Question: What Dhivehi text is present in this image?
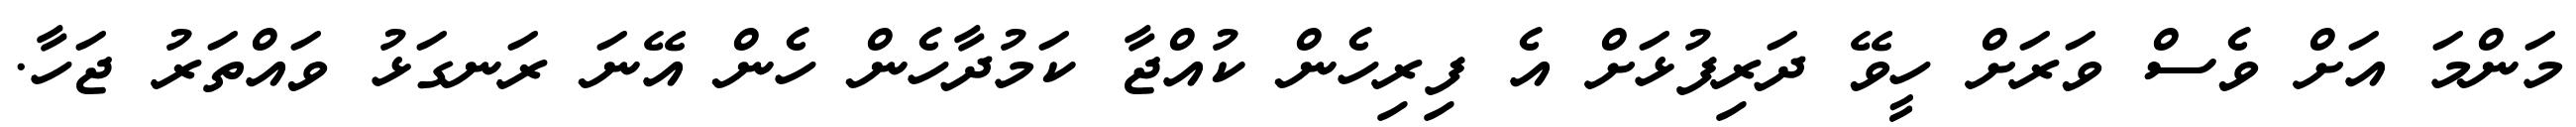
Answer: މަންމަ އަށް ވެސް ވަރަށް ހީވޭ ދަރިފުޅަށް އެ ފިރިހެން ކުއްޖާ ކަމުދާހެން ހެން އޭނަ ރަނގަޅު ވައްތަރު ޖަހާ.